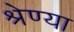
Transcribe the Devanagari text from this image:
श्रेण्या